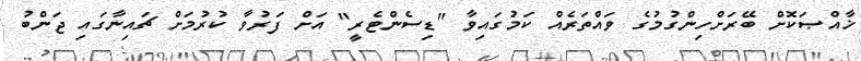
ޚާއްޞަކޮށް ބޭރަށްހިންގުމުގެ ވައްތަރެއް ކަމުގައިވާ "ޑިސެންޓެރީ" އަށް ފަރުވާ ކުރުމަށް ޗައިނާގައި ޖަންބު